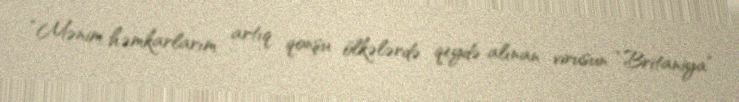
“Mənim həmkarlarım artıq qonşu ölkələrdə qeydə alınan virusun “Britaniya”